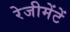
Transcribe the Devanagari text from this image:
रेजीमेंटें